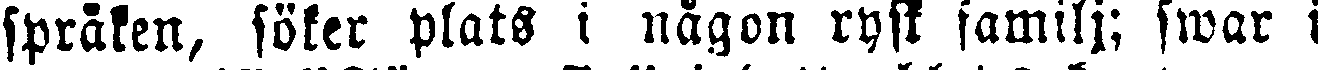
språken, söker plats i någon rysk familj; swar i